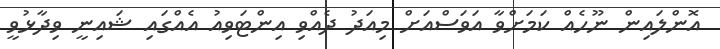
އޮންލައިން ނޫހެއް ކަމަށްވާ އަވަސްއަށް މިއަދު ދެއްވި އިންޓަވިއު އެއްގައި ޝައިނީ ވިދާޅުވީ